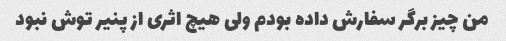
من چیز برگر سفارش داده بودم ولی هیچ اثری از پنیر توش نبود